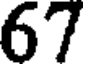
67